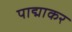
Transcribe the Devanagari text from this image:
पाद्माकर